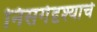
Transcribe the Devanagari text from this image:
निसर्गदृश्याचे